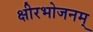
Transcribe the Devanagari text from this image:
क्षीरभोजनम्